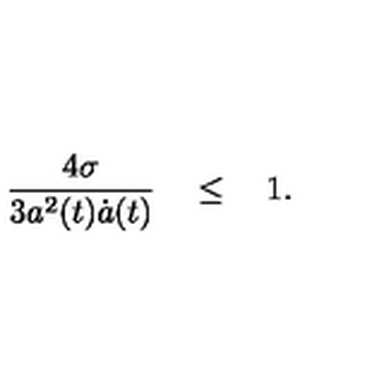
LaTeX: { \frac { 4 \sigma } { 3 a ^ { 2 } ( t ) \dot { a } ( t ) } } \quad \le \quad 1 .